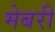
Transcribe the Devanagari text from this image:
मेबरी